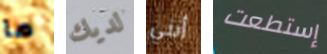
ما لديك أنني إستطعت